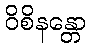
ဝိစိနန္တော